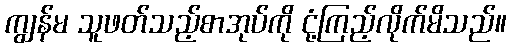
ကျွန်မ သူဖတ်သည့်စာအုပ်ကို ငုံ့ကြည့်လိုက်မိသည်။